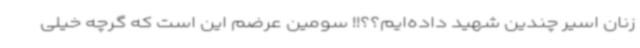
زنان اسیر چندین شهید داده‌ایم؟؟!! سومین عرضم این است که گرچه خیلی